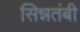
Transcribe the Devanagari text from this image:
सिन्नतंबी